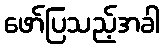
ဖော်ပြသည့်အခါ